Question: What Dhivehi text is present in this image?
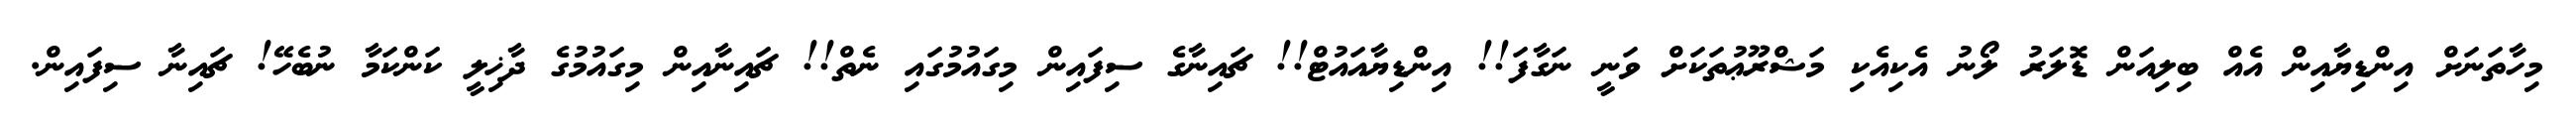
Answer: މިހާތަނަށް އިންޑިޔާއިން އެއް ބިލިއަން ޑޮލަރު ލޯނު އެކިއެކި މަޝްރޫޢުތަކަށް ވަނީ ނަގާފަ!! އިންޑިޔާއައުޓް!! ޗައިނާގެ ސިފައިން މިގައުމުގައި ނެތް!! ޗައިނާއިން މިގައުމުގެ ދާޚިލީ ކަންކަމާ ނުބެހޭ! ޗައިނާ ސިފައިން.